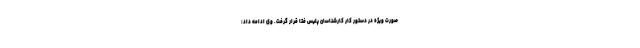
صورت ویژه در دستور کار کارشناسان پلیس فتا قرار گرفت. وی ادامه داد: